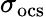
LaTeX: \sigma_{\mathrm{ocs}}